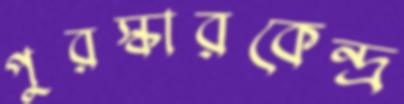
পুরস্কারকেন্দ্র